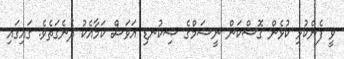
ވީ ފެންކުޅި ކުޅެން ގޮސްކަން ނީޝަމްގެ ސިކުނޑި އަވަސް ކަމާއެކު ދެނެގަތެވެ. ގައިގައި